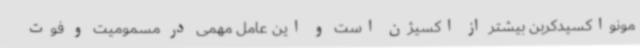
مونواکسیدکربن بیشتر از اکسیژن است و این عامل مهمی در مسمومیت و فوت